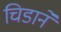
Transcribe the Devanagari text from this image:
चिडाने